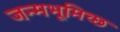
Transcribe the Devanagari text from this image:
जन्मभूमिच्छ